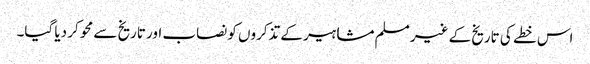
اس خطے کی تاریخ کے غیر مسلم مشاہیر کے تذکروں کو نصاب اور تاریخ سے محو کر دیا گیا۔